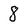
Character: 8